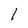
Character: l